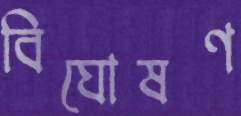
বিঘোষণ